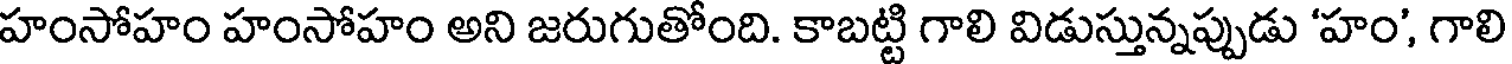
హంసోహం హంసోహం అని జరుగుతోంది. కాబట్టి గాలి విడుస్తున్నప్పుడు 'హం', గాలి